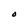
Character: O